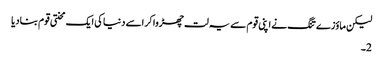
لیکن ماؤزے تنگ نے اپنی قوم سے یہ لت چھڑوا کر اسے دنیا کی ایک محنتی قوم بنادیا
2۔